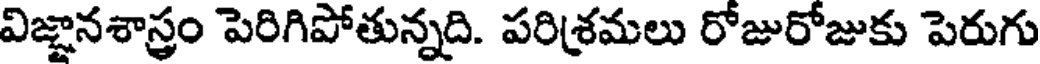
విజ్ఞానశాస్త్రం పెరిగిపోతున్నది. పరిశ్రమలు రోజురోజుకు పెరుగు